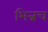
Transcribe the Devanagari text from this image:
भिन्नच